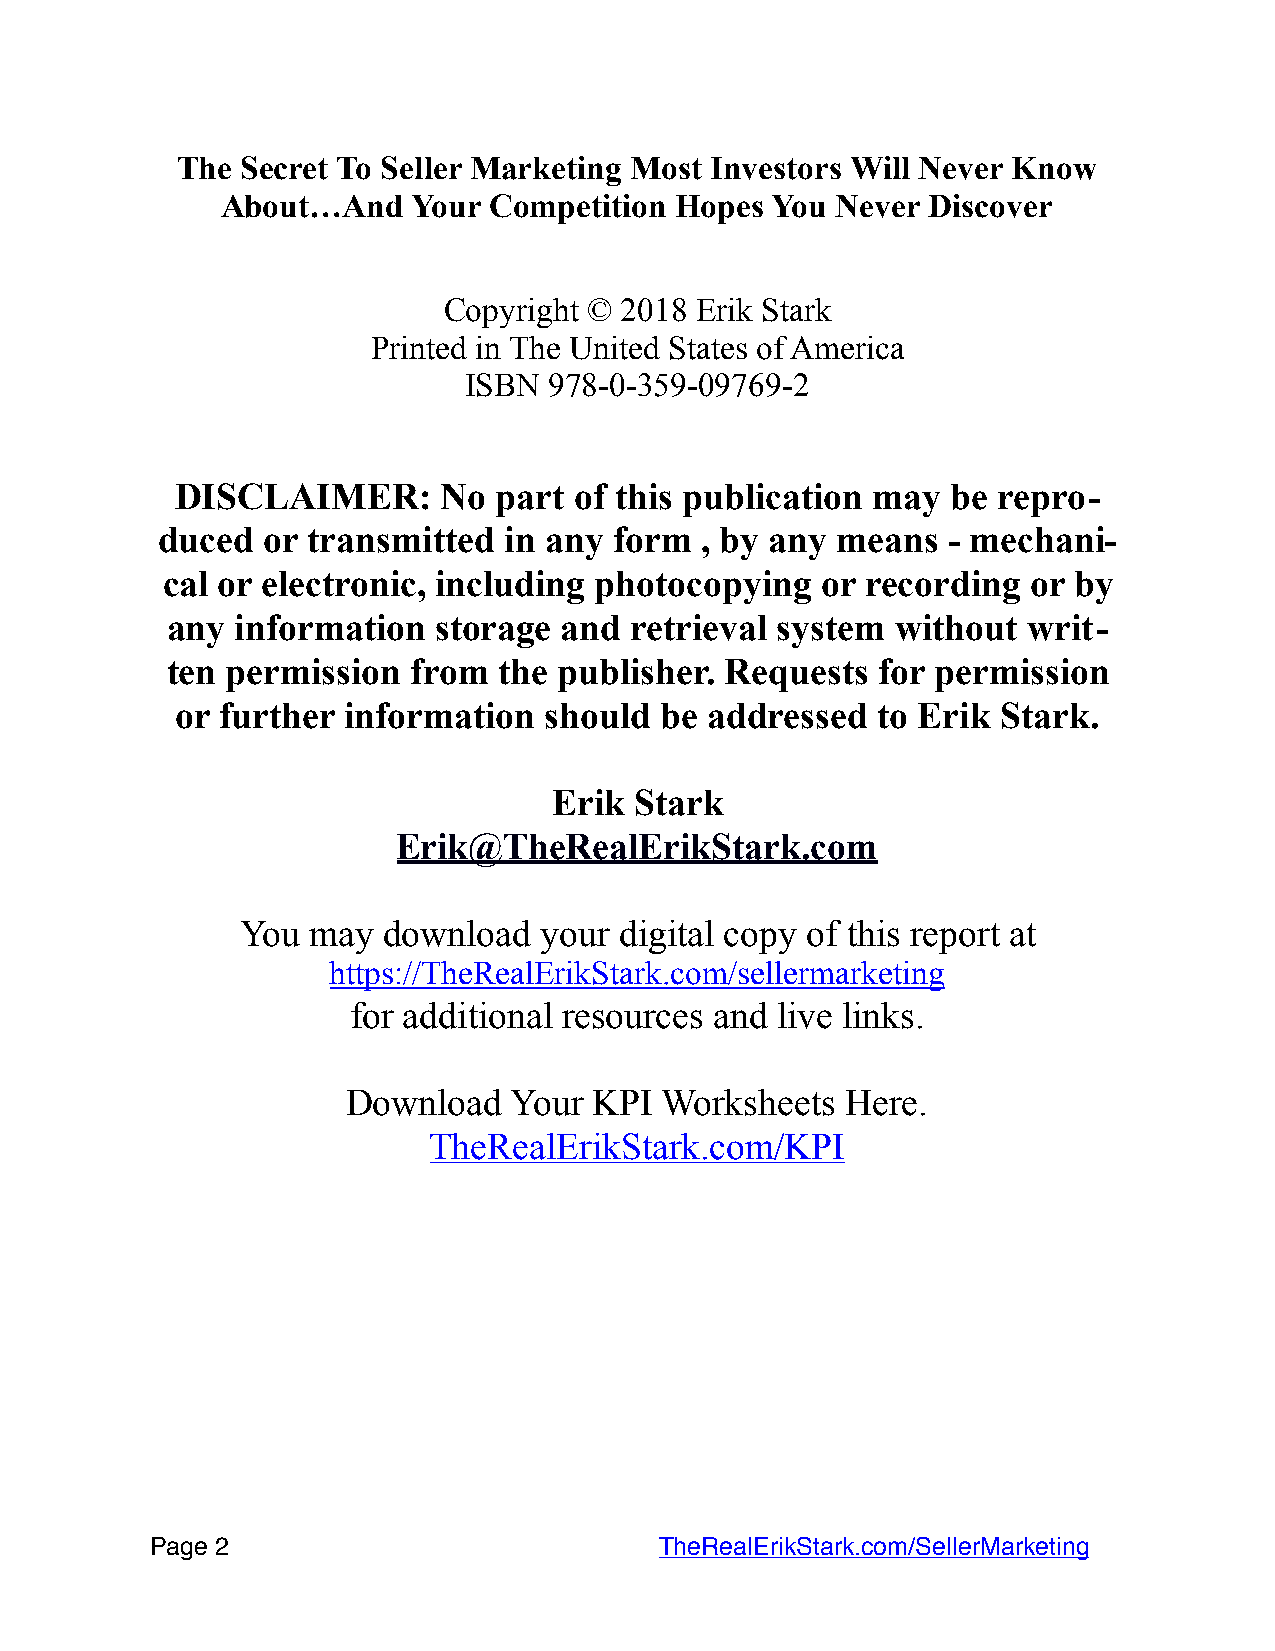
The Secret To Seller Marketing Most Investors Will Never Know
 About…And   Your Competition  Hopes You Never Discover
 Copyright © 2018 Erik Stark
 Printed in The United States of America
 ISBN 978-0-359-09769-2
 DISCLAIMER:      No  part of this publication may  be repro-
 duced  or transmitted  in any  form , by any means   - mechani-
 cal or electronic, including photocopying  or recording  or by
 any  information  storage and  retrieval system without  writ-
 ten permission  from  the publisher. Requests  for permission
 or further information  should  be addressed  to Erik Stark.
 Erik Stark
 Erik@TheRealErikStark.com
 You  may download   your digital copy of this report at
 https://TheRealErikStark.com/sellermarketing
 for additional resources and live links.
 Download   Your KPI  Worksheets  Here.
 TheRealErikStark.com/KPI
 Page 2                           TheRealErikStark.com/SellerMarketing